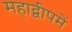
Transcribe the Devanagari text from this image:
महाद्वीपमें